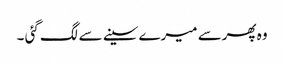
وہ پھرسے میرے سینے سے لگ گئی ۔